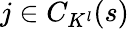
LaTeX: j\in C_{K^{l}}(s)